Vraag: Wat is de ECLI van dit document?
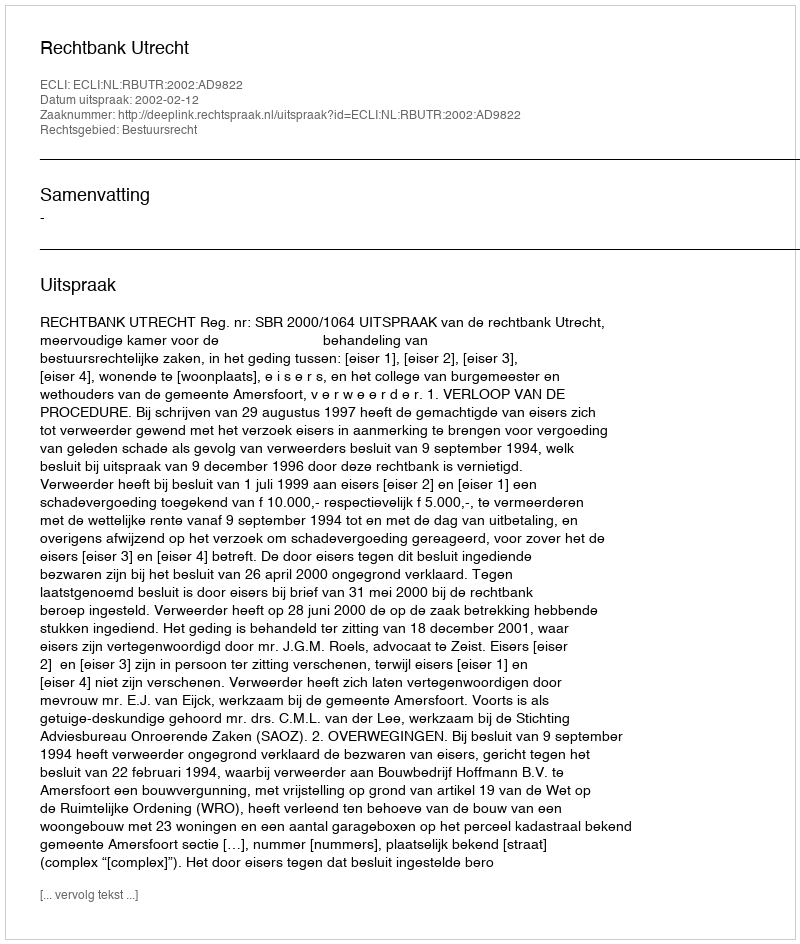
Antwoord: ECLI:NL:RBUTR:2002:AD9822